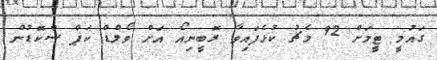
ގައުމީ ޓީމަށް 92 މެޗު ކުޅެފައިވާ ރޮބީނިއޯ އަށް ވޯލްޑް ކަޕް ސްކޮޑުން